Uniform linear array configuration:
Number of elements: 4
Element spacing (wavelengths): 1
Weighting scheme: hann
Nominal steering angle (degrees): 45
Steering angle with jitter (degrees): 44.462
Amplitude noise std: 0.05
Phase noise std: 0.05

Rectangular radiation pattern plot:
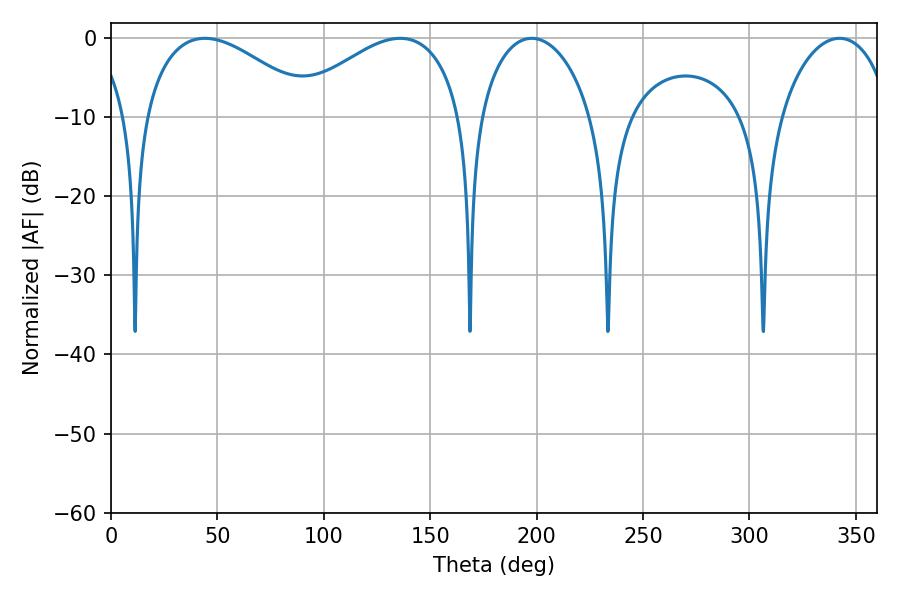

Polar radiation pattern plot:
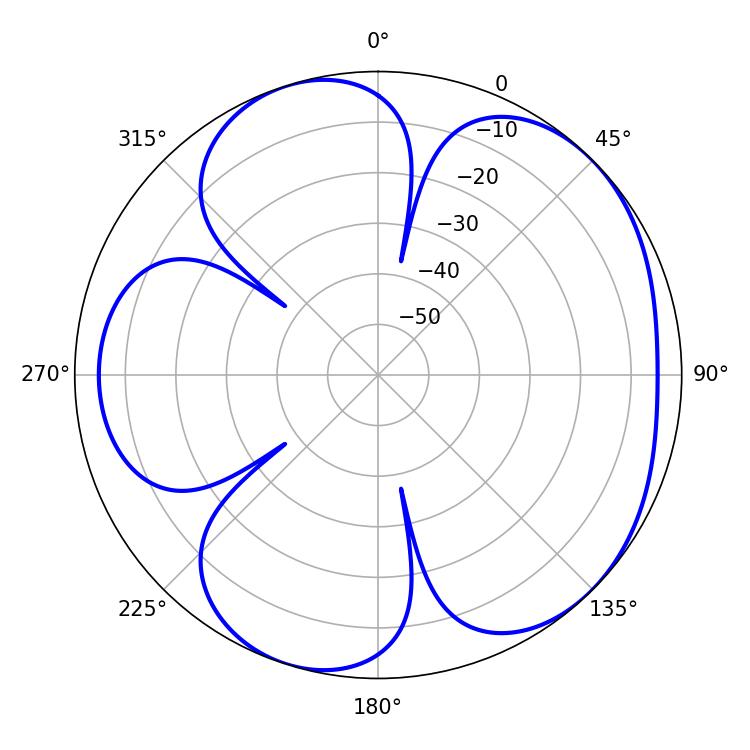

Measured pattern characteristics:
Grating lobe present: TRUE
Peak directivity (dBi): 5.023
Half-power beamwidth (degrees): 44.28
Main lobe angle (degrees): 44.1